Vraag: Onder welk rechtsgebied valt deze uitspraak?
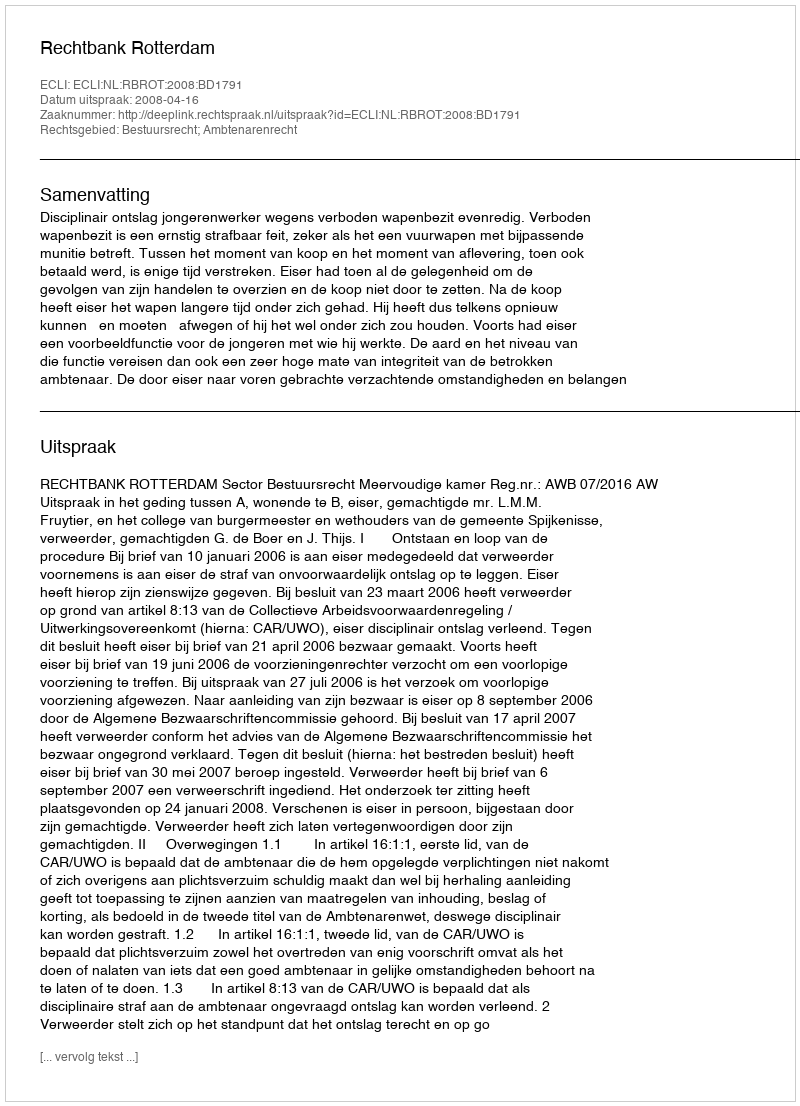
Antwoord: Bestuursrecht; Ambtenarenrecht